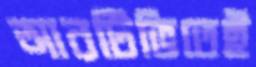
আরটিভিতেই